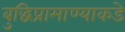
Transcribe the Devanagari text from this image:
बुद्धिप्रामाण्याकडे